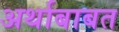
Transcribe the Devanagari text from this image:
अर्थाबाबत